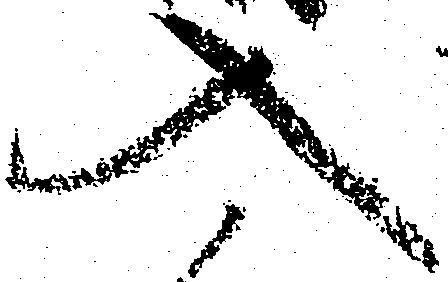
入